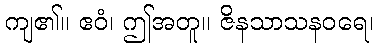
ကျ၏။ ဧဝံ၊ ဤအတူ။ ဇိနသာသနဝရေ၊